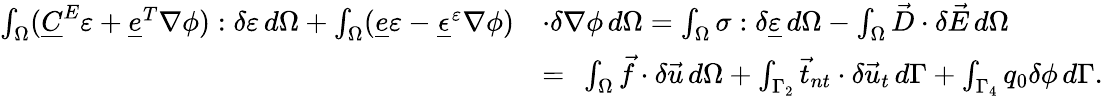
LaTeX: \begin{array}{rl}{\int_{\Omega}(\underline{{C}}^{E}\varepsilon+\underline{{e}}^{T}\nabla\phi):\delta\varepsilon\, d\Omega+\int_{\Omega}(\underline{{e}}\varepsilon-\underline{{\epsilon}}^{\varepsilon}\nabla\phi)}&{\cdot\delta\nabla\phi\, d\Omega=\int_{\Omega}\sigma:\delta\underline{{\varepsilon}}\, d\Omega-\int_{\Omega}\vec{D}\cdot\delta\vec{E}\, d\Omega}\\ &{=\ \int_{\Omega}\vec{f}\cdot\delta\vec{u}\, d\Omega+\int_{\Gamma_{2}}\vec{t}_{nt}\cdot\delta\vec{u}_{t}\, d\Gamma+\int_{\Gamma_{4}}q_{0}\delta\phi\, d\Gamma.}\end{array}